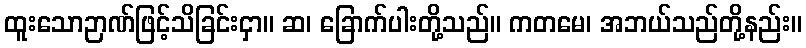
ထူးသောဉာဏ်ဖြင့်သိခြင်းငှာ။ ဆ၊ ခြောက်ပါးတို့သည်။ ကတမေ၊ အဘယ်သည်တို့နည်း။